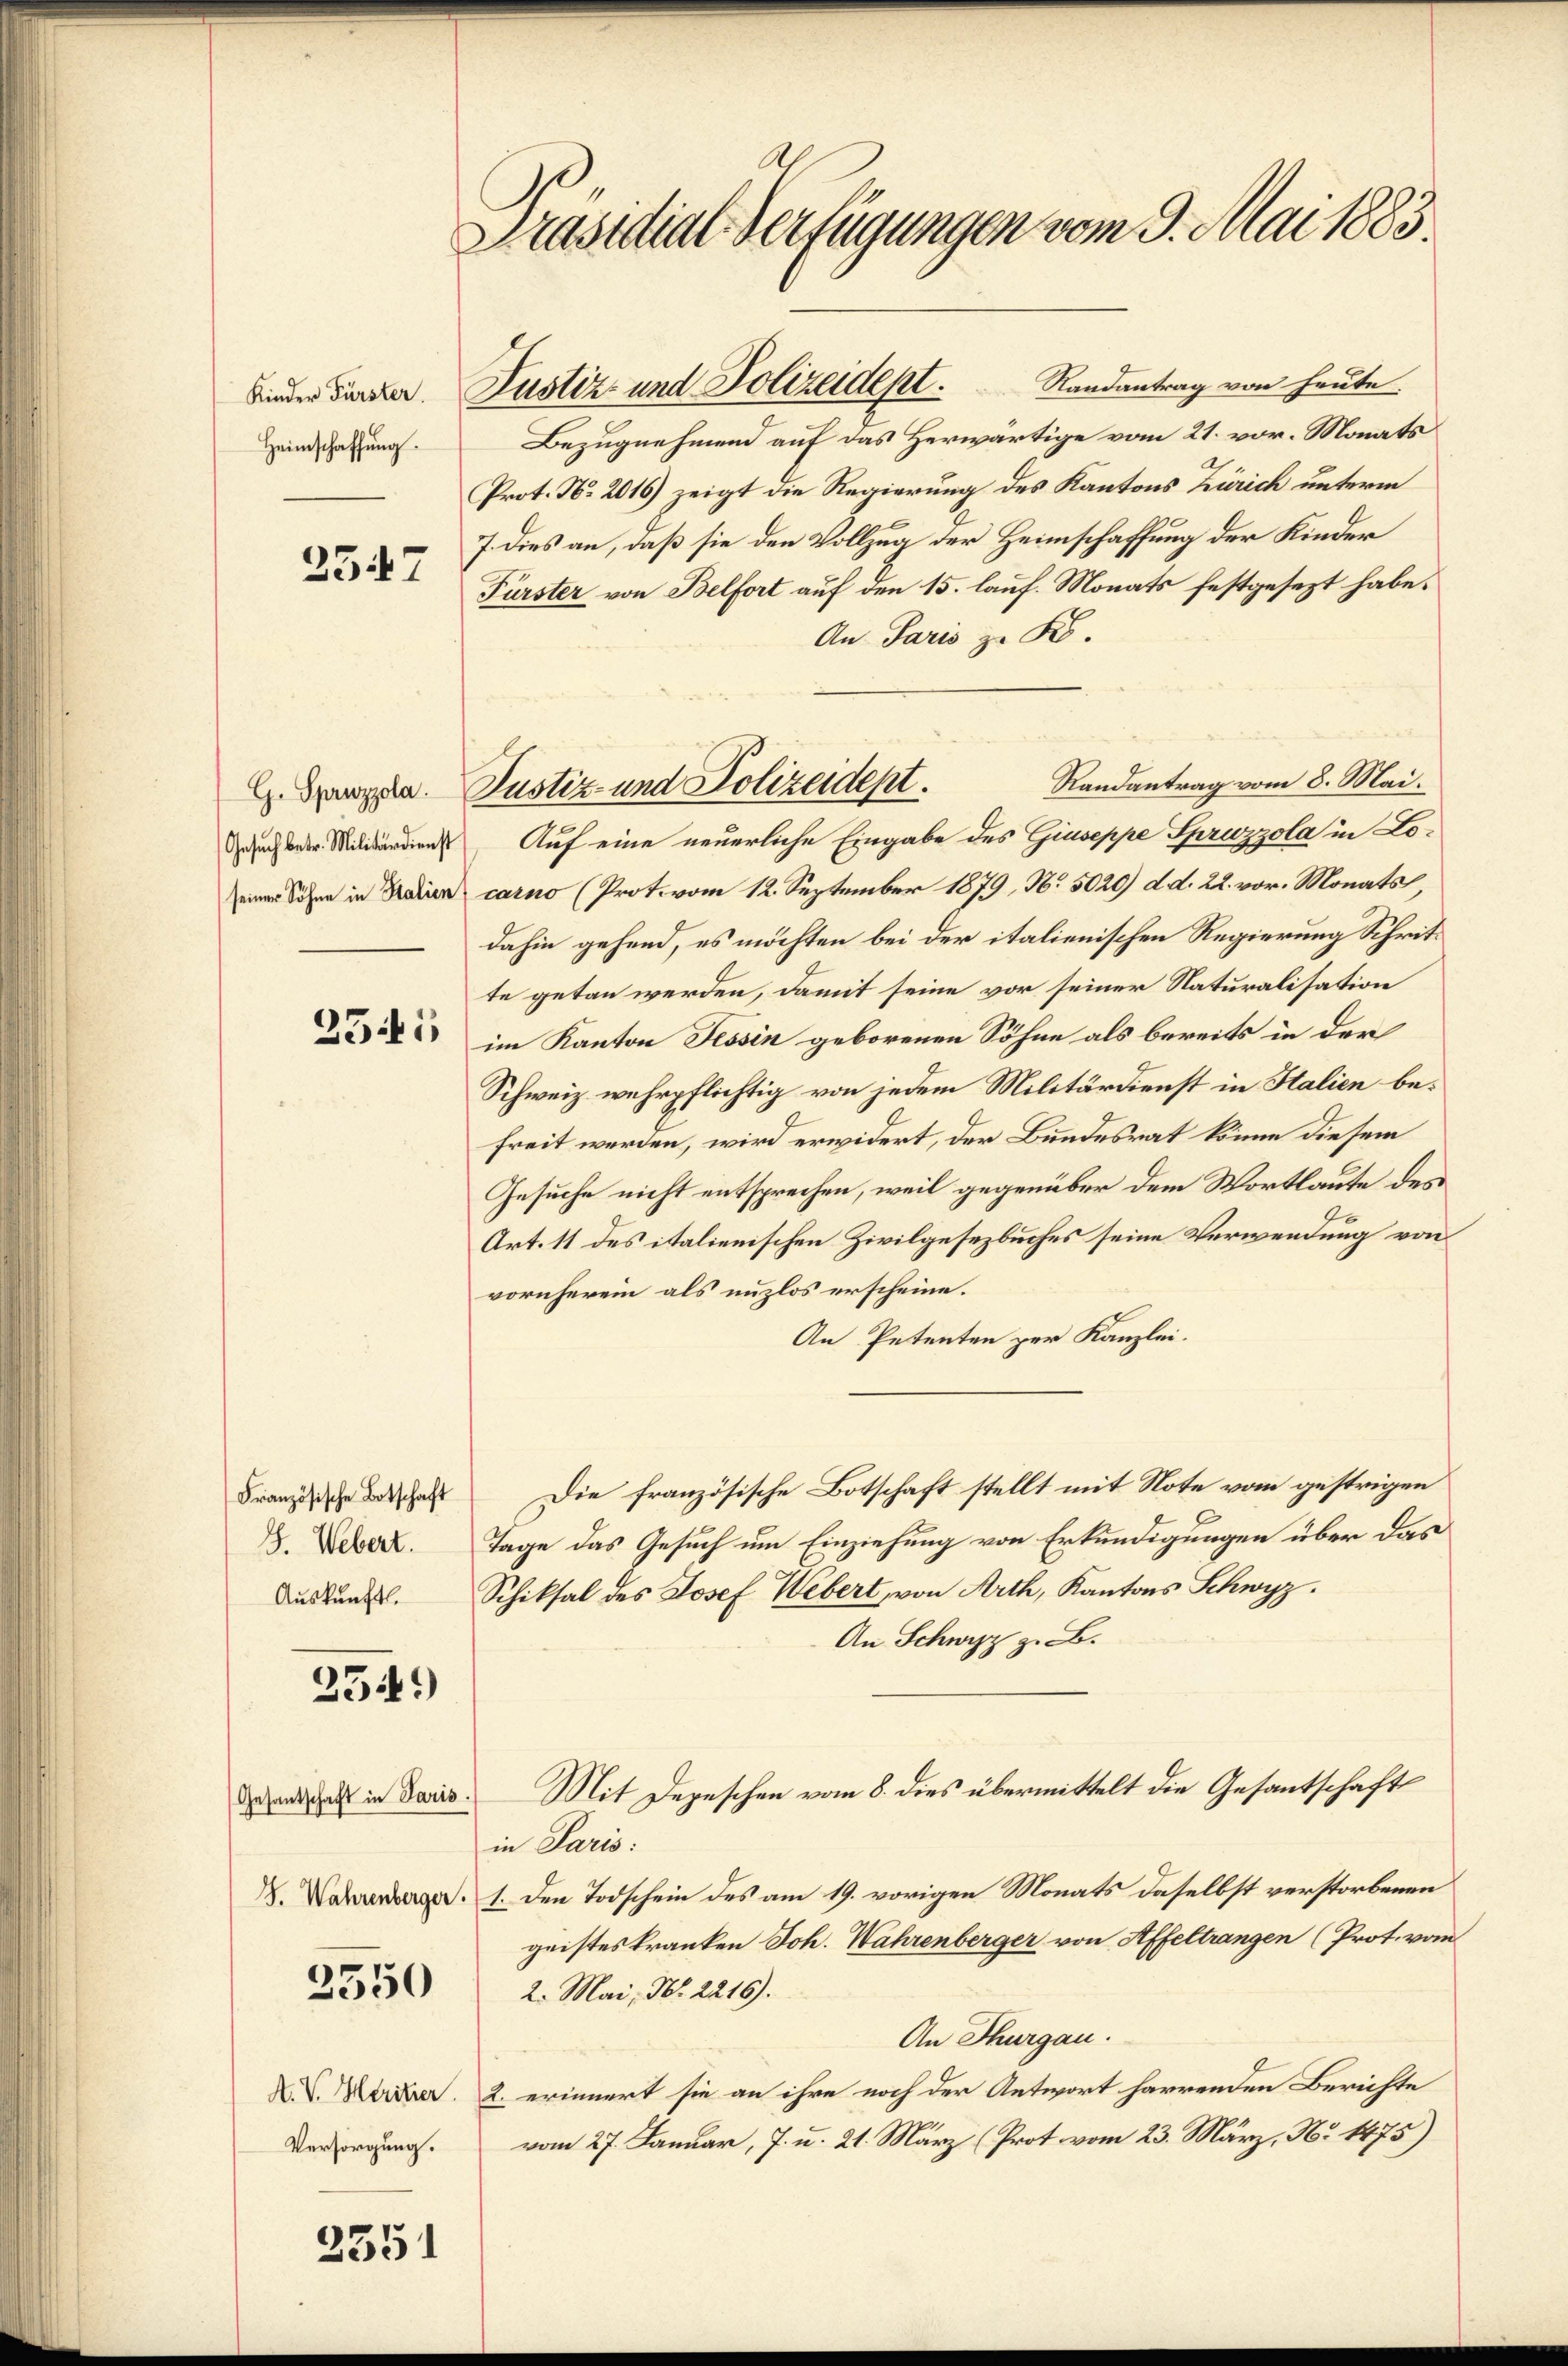
Kinder Fürster.
Heimschaffung.

2547

G. Spruzzola.
Gesuch betr. Militärdienst
seiner Söhne in Stalien

2541

Französische Botschaft
G. Webert.
Auskunft.

2349)

Gesantschaft in Paris.

3550

A. V. Heritzer.
Versorgung.

2351

Präsidial-Verfügungen vom 9. Mai 1883.

Bezugnehmend auf das Herwärtige vom 21. vor. Monats
Prot. No 2016) zeigt die Regierung des Kantons Zürich unterm
7. Dies an, daß sie den Vollzug der Heimschaffung der Kinder
Fürster von Belfort auf den 15. lauf. Monats festgesezt habe.
An Paris zu K.
Randantrag vom 8. Mai.
Auf eine neuerliche Eingabe des Giuseppe Spruzzola in Locarno (Prot. vom 12. September 1879, No. 5020) d. d. 22. vor. Monats,
dahin gehend, es möchten bei der italienischen Regierung Schritte getan werden, damit seine vor seiner Naturalisation
im Kanton Tessin geborenen Söhne als bereits in der
Schweiz wehrpflichtig von jedem Militärdienst in Italien befreit werden, wird erwidert, der Bundesrat könne diesem
Gesuche nicht entsprechen, weil gegenüber dem Wortlaute des
Art. 11 des italienischen Zivilgesezbuches seine Verwendung von
vornherein als unzlos erscheine.
An Petenten zur Kanzlei.
Die französische Botschaft stellt mit Note vom gestrigen
Tage das Gesuch um Einziehung von Erkundigungen über das
Schiksal des Josef Webert, von Arth, Kantons Schwyz.
An Schwyz z. B.
Mit Depeschen vom 8. dies übermittelt die Gesantschaft
in Paris:
.Dez. 1. Den Todschein des am 19. vorigen Monats daselbst verstorbenen
geistes kranken Joh. Wahrenberger von Affeltrangen (Prot. vom
2. Mai, Nr. 2216).
An Thurgau.
2. erinnert sie an ihre noch der Antwort harrenden Berichte
vom 27. Januar, 7. u. 21. März (Prot. vom 23. März, No 1475)

Justiz- und Polizeidept.

Justiz- und Polizeidept. Randantrag von heute